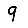
Digit: 9